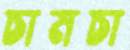
চামচা